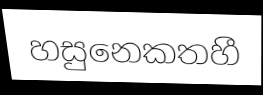
හසුනෙකතහී